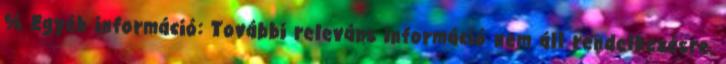
% Egyéb információ: További releváns információ nem áll rendelkezésre.